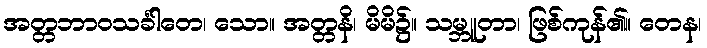
အတ္တဘာဝသင်္ခါတေ၊ သော။ အတ္တနိ၊ မိမိ၌။ သမ္ဘူတာ၊ ဖြစ်ကုန်၏။ တေန၊